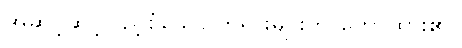
အဆင့်ဆင့်ပြည့်စုံသော တရားများကို ဟောထား၏။